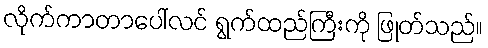
လိုက်ကာတာပေါ်လင် ရွက်ထည်ကြီးကို ဖြုတ်သည်။